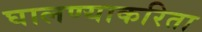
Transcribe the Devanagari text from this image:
घालण्याकरिता